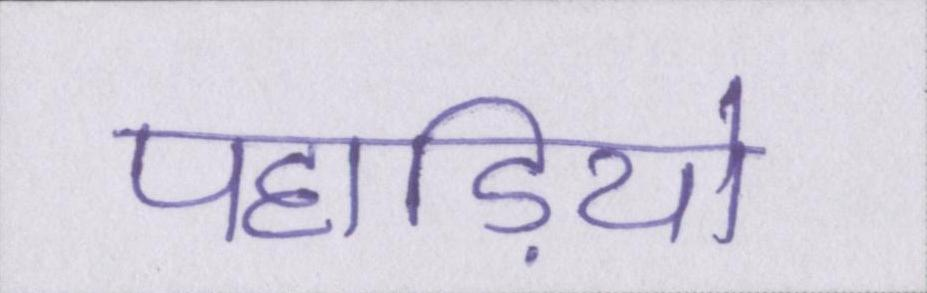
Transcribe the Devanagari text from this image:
पहाड़ियो